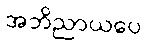
အဘိညာယပေ